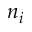
n _ { i }